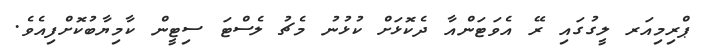
ޕްރިމިއަރ ލީގުގައި ރޭ އެވަޓަންއާ ދެކޮޅަށް ކުޅުނު މެޗު ލެސްޓަ ސިޓީން ކާމިޔާބުކޮށްފިއެވެ.